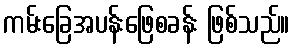
ကမ်းခြေအပန်းဖြေစခန်း ဖြစ်သည်။